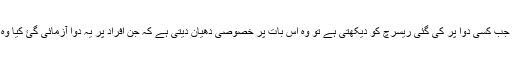
اب فوڈ اینڈ ڈرگ ایڈمنسٹریشن جب کسی دوا پر کی گئی ریسرچ کو دیکھتی ہے تو وہ اس بات پر خصوصی دھیان دیتی ہے ‌کہ جن افراد پر یہ دوا آزمائی گئ کیا وہ ساری عوام کے نمائندے ہیں‌۔